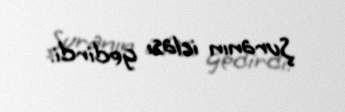
Şuranın iclası gedirdi.